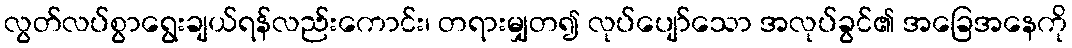
လွတ်လပ်စွာရွေးချယ်ရန်လည်းကောင်း၊ တရားမျှတ၍ လုပ်ပျော်သော အလုပ်ခွင်၏ အခြေအနေကို